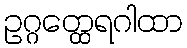
ဥဂ္ဂတ္ထေရဂါထာ